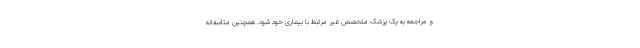
و مراجعه به یک پزشک متخصص غیر مرتبط با بیماری خود شود. همچنین متاسفانه